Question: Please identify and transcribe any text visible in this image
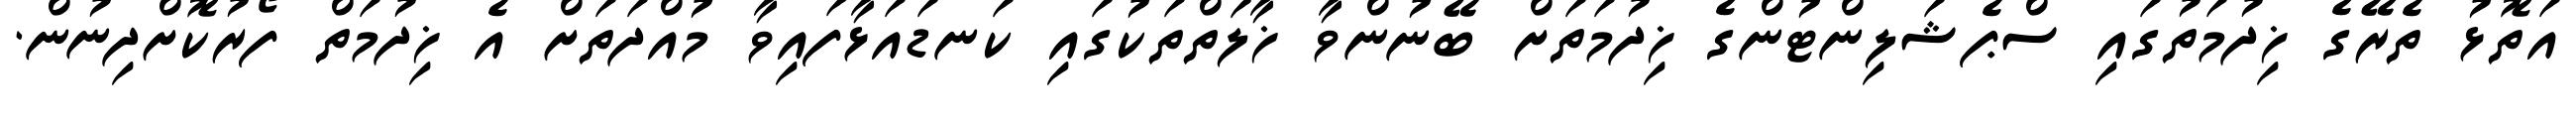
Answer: އަތޮޅު ތެރޭގެ ޚިދުމަތުގައި ސްޕެޝަލިންޓުންގެ ޚިދުމަތަށް ބޭނުންވާ ޚާލަތްތަކުގައި ކަނޑައަޅާފައިވާ މުއްދަތަށް އެ ޚިދުމަތް ފޯރުކޮށްދިނުން.